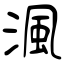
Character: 渢